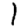
Digit: 1